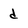
Character: d